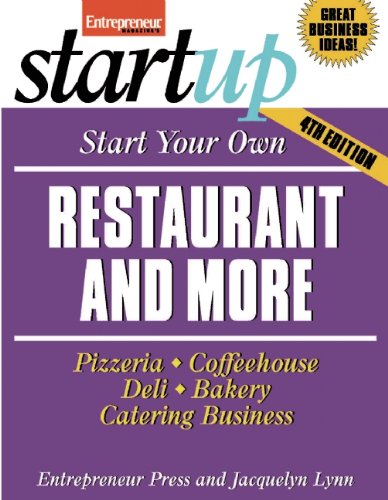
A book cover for Start Your Own Restaurant and More: Pizzeria, Cofeehouse, Deli, Bakery, Catering Business (StartUp Series); Entrepreneur Press; Cookbooks, Food & Wine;